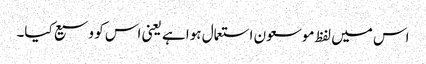
اس میں لفظ موسعون استعمال ہوا ہے یعنی اس کو وسیع کیا۔